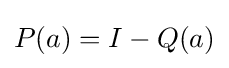
P(a)=I-Q(a)